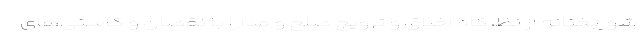
شوربختانه از نظرگاه اخلاق و ترویج صلح و مدارا با نقصان و کاستی‌های